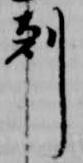
剋